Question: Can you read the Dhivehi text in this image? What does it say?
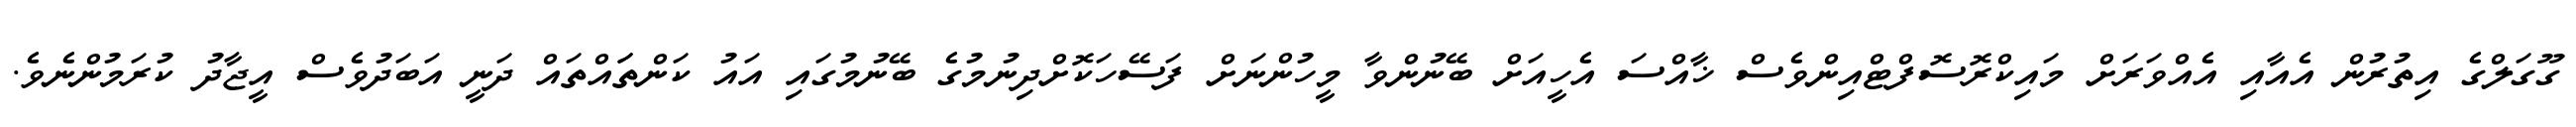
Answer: ގޫގަލްގެ އިތުރުން އެއާއި އެއްވަރަށް މައިކްރޮސޮފްޓްއިންވެސް ޚާއްސަ އެހީއަށް ބޭނުންވާ މީހުންނަށް ފަސޭހަކޮށްދިނުމުގެ ބޭނުމުގައި އައު ކަންތަައްތައް ދަނީ އަބަދުވެސް އީޖާދު ކުރަމުންނެވެ.